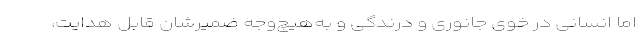
اما انسانی در خوی جانوری و درندگی و به‌هیچ‌وجه ضمیرشان قابل هدایت،